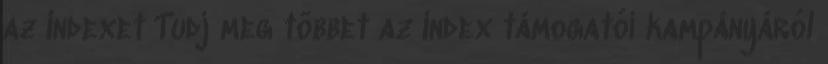
az Indexet Tudj meg többet az Index támogatói kampányáról